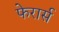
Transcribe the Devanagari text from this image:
फेरार्स